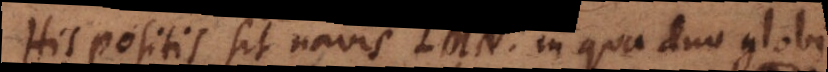
His positis sit navis LMN, in qua duo globi